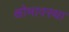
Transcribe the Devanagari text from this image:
क्षोभावस्था